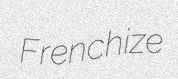
Frenchize